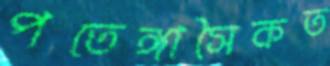
পতেঙ্গাসৈকত